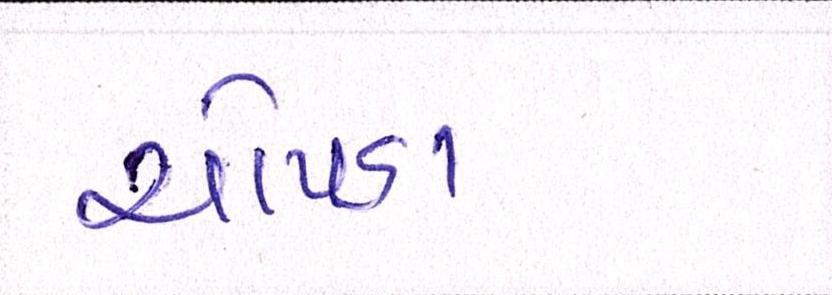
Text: ચોપડા